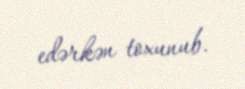
edərkən toxunub.